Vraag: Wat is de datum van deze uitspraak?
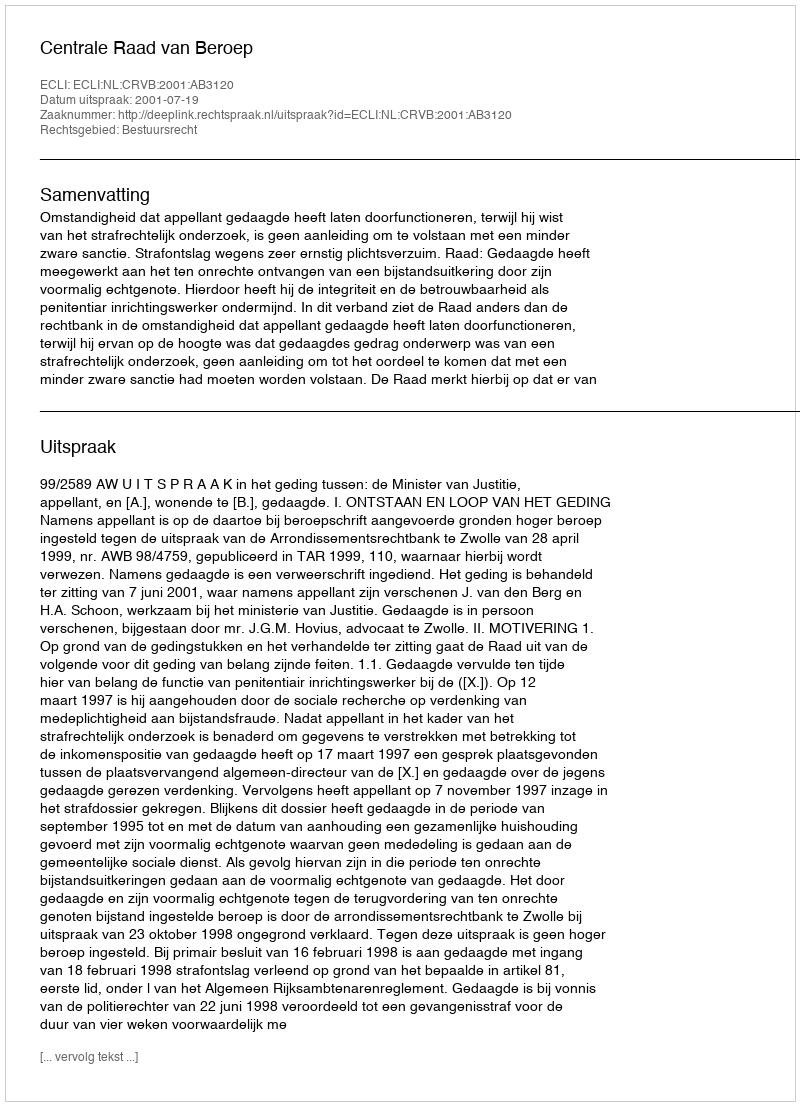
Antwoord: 2001-07-19